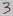
Text: 3